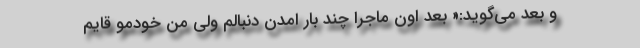
و بعد می‌گوید:« بعد اون ماجرا چند بار امدن دنبالم ولی من خودمو قایم